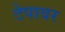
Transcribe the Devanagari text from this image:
टेपावर